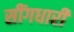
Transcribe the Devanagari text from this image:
सींगधारी